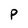
Character: P